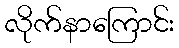
လိုက်နာကြောင်း